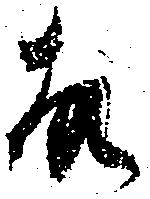
故